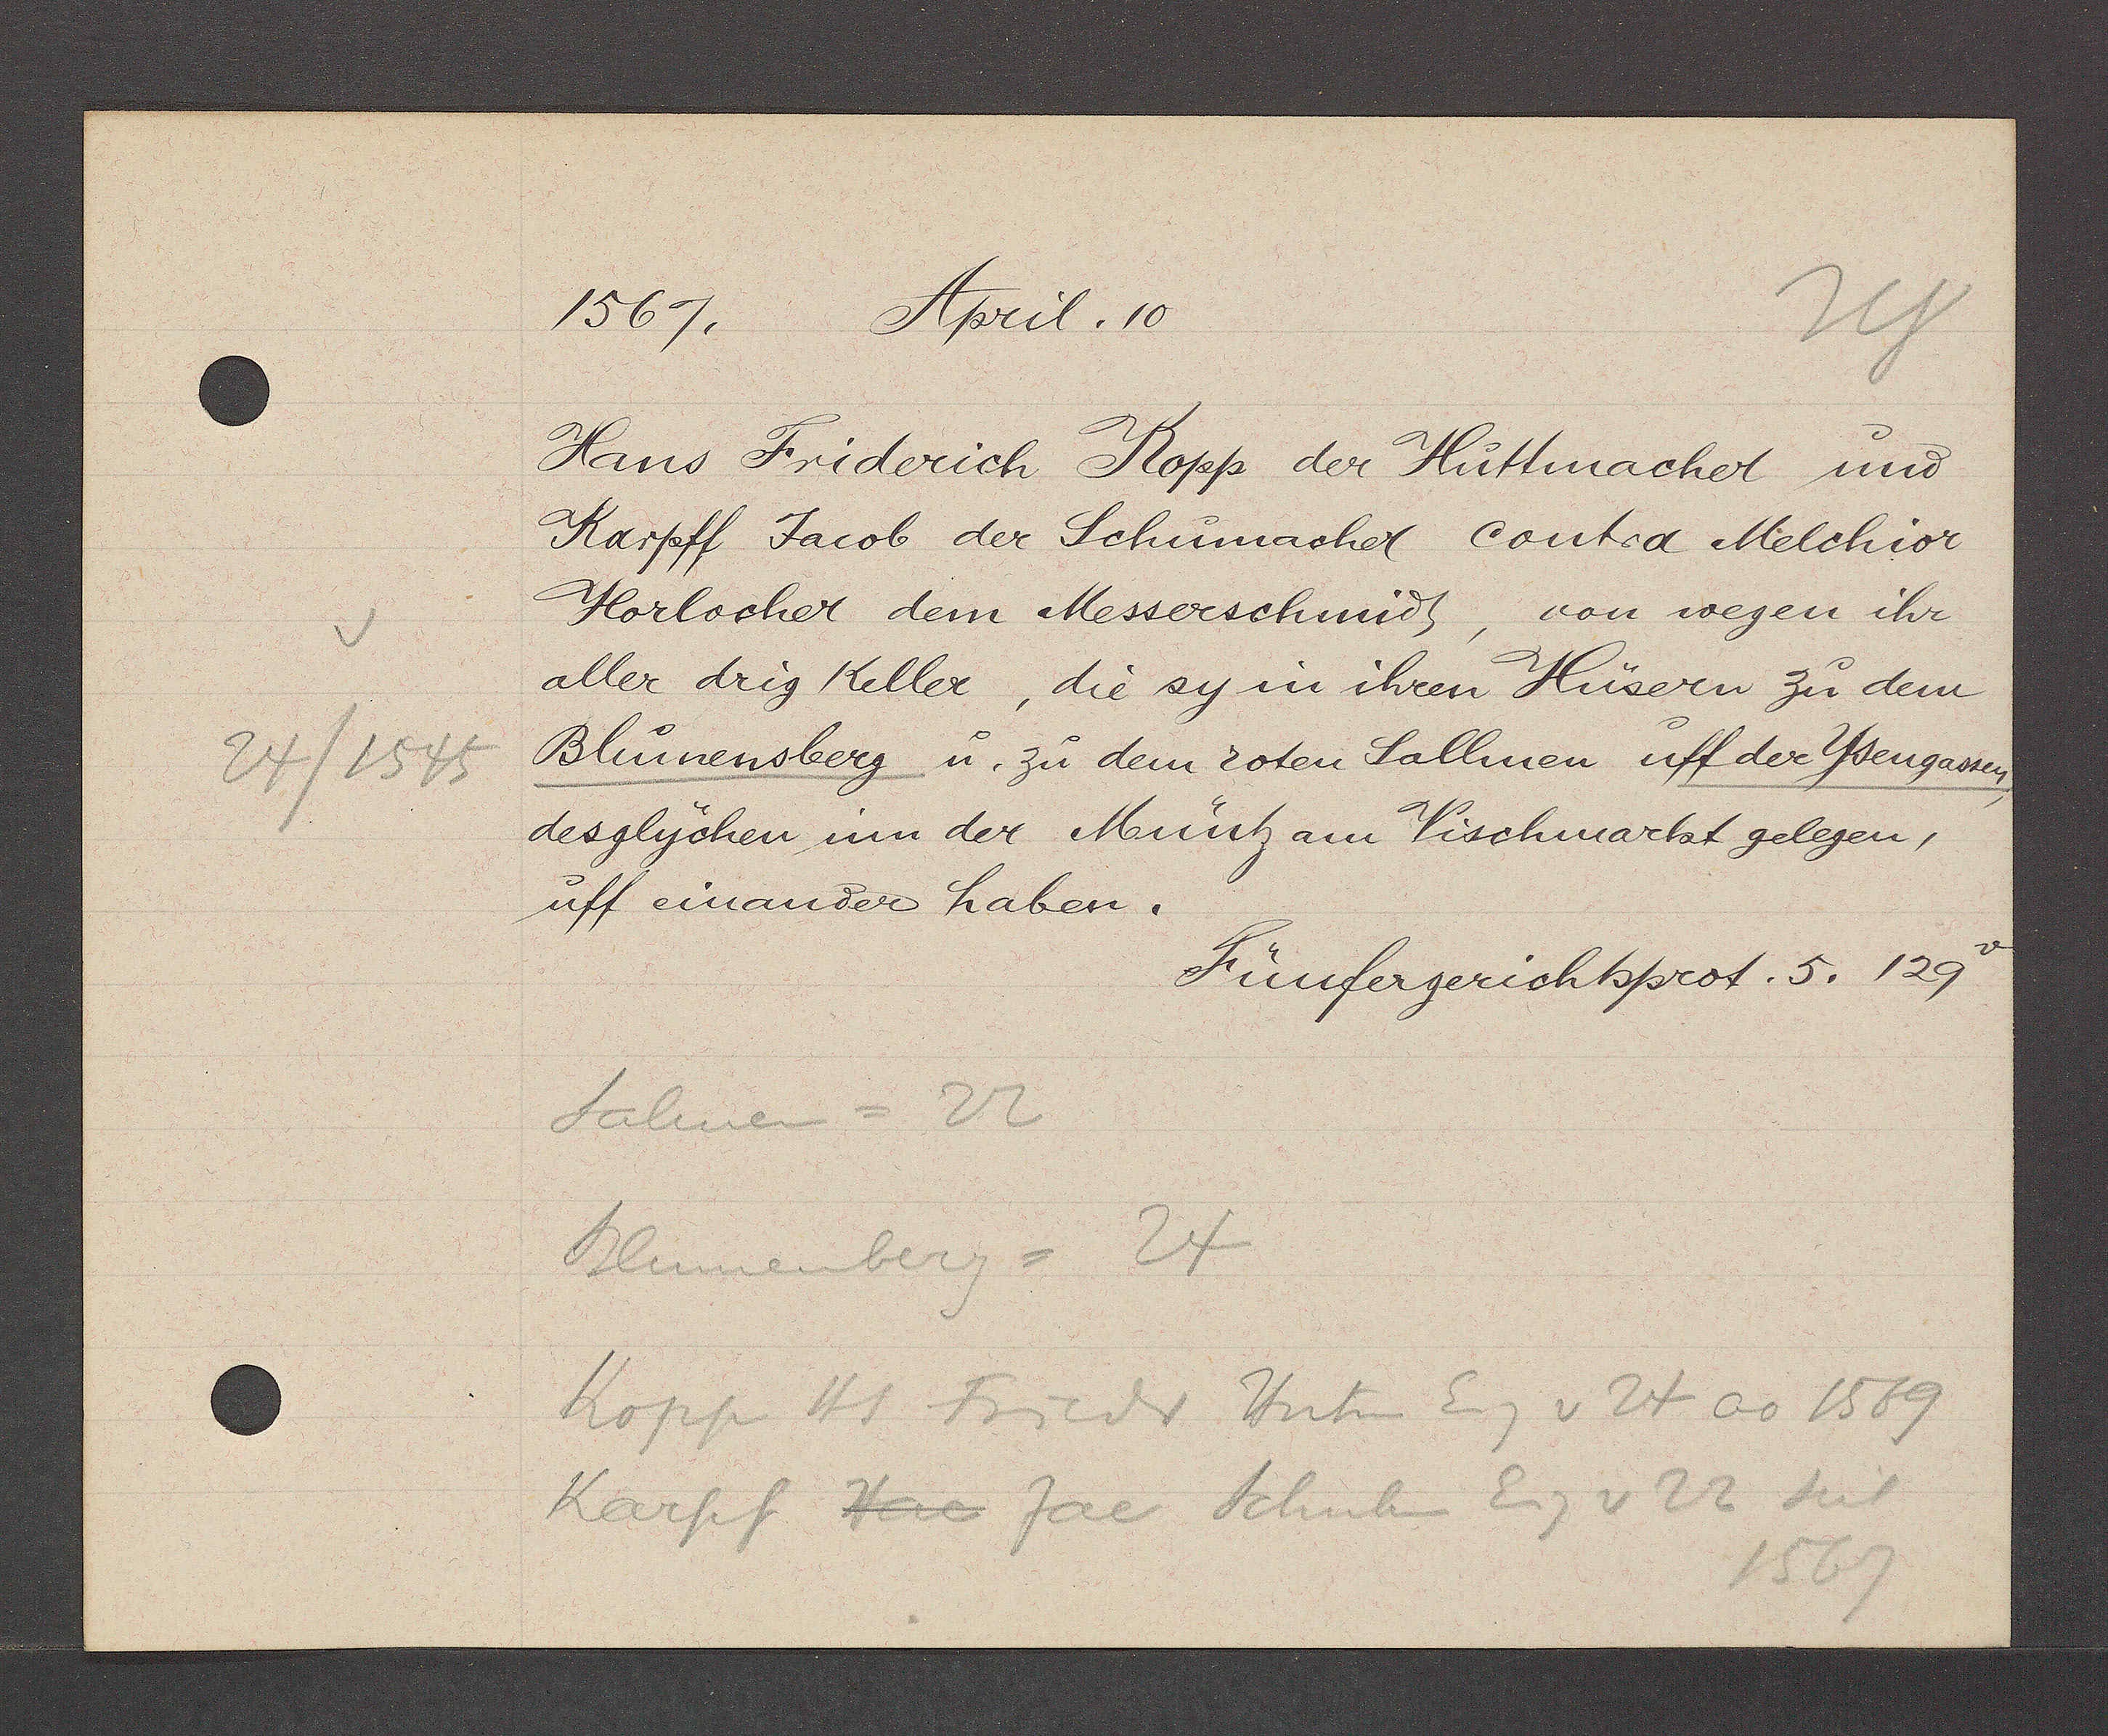
Transcript:
24/1545

1567. April. 10
Hans Friderich Kopp der Huttmacher und
Karpff Jacob der Schumacher Contra Melchior
Horlocher dem Messerschmidt, von wegen ihr
aller drisg Keller, die sy in ihren Hüsern zu dem
Blumensberg u. zu dem roten Sallmen uff der Ysengassen
desglychen um der Müntz am Vischmarkt gelegen,
uff einander haben.
Fünfergerichtsprot. 5. 129 v
Salmen= 22
Blumenberg= 24
Kopp Hs Friedr Hutm Eig v 24 ao 1569
Karpf Hac jac Schuhm Eig v 22 seit
1567